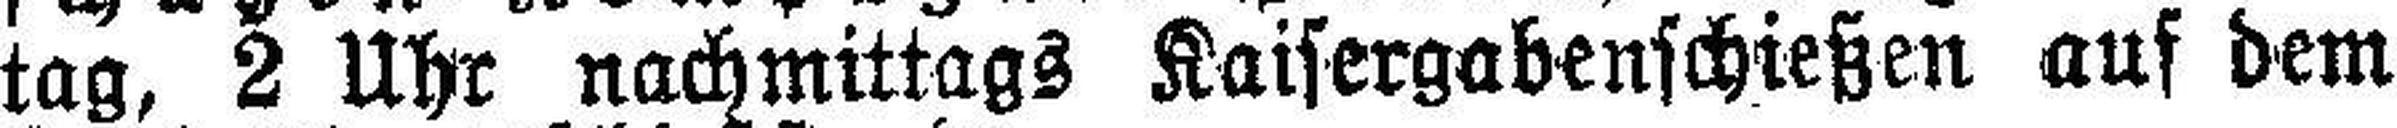
tag, 2 Uhr nachmittags Kaisergabenschießen auf dem